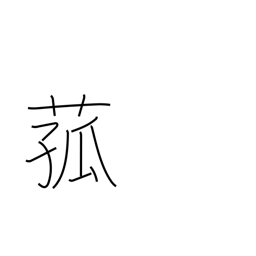
Meaning: reed used for matting